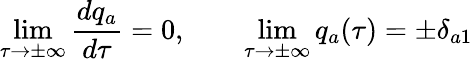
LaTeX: \operatorname*{lim}_{\tau\to\pm\infty}\frac{dq_{a}}{d\tau}=0,\qquad\operatorname*{lim}_{\tau\to\pm\infty}q_{a}(\tau)=\pm\delta_{a1}